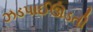
ઝડપાઈઊડતી